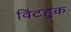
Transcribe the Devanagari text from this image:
विंटहुक